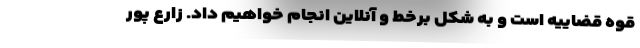
قوه قضاییه است و به شکل برخط و آنلاین انجام خواهیم داد. زارع پور